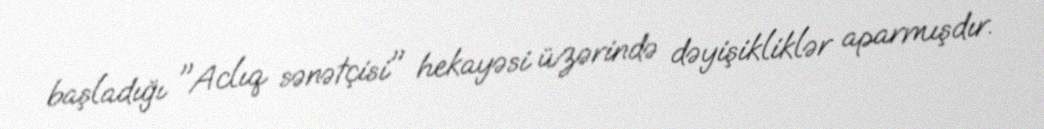
başladığı "Aclıq sənətçisi" hekayəsi üzərində dəyişikliklər aparmışdır.